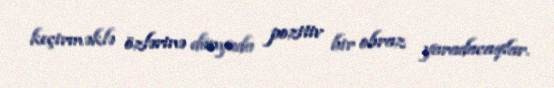
keçirməklə özlərinə dünyada pozitiv bir obraz yaradacaqlar.